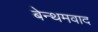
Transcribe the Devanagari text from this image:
बेन्थमवाद